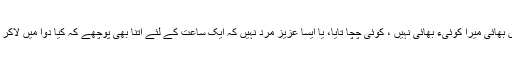
رئیس بھائی میرا کوئیء بھائی نہیں ، کوئی چچا تایا، یا ایسا عزیز مرد نہیں کہ ایک ساعت کے لئے اتنا بھی پوچھے کہ کیا دوا میں لاکر دوں۔